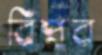
বিপ্লব